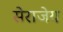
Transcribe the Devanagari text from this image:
सेराजेय